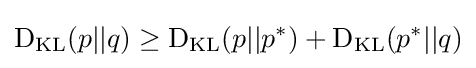
\operatorname {D} _{\mathrm {KL} }(p||q)\geq \operatorname {D} _{\mathrm {KL} }(p||p^{*})+\operatorname {D} _{\mathrm {KL} }(p^{*}||q)